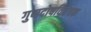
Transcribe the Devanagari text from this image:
गुणदोषविवेचक